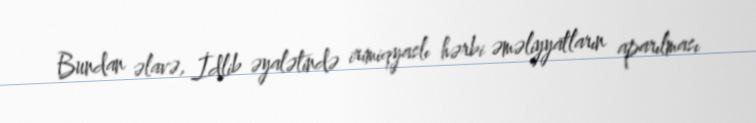
Bundan əlavə, İdlib əyalətində irimiqyaslı hərbi əməliyyatların aparılması